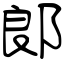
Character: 郞